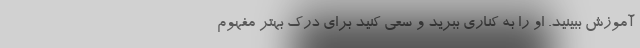
آموزش ببینید. او را به کناری ببرید و سعی کنید برای درک بهتر مفهوم